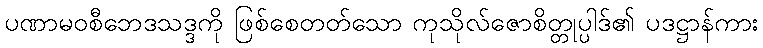
ပဏာမဝစီဘေဒသဒ္ဒကို ဖြစ်စေတတ်သော ကုသိုလ်ဇောစိတ္တုပ္ပါဒ်၏ ပဒဋ္ဌာန်ကား